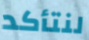
لنتأكد